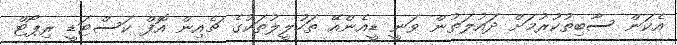
އެކަން ސާބިތުކުރުމަށް ދައުލަތުން ވަނީ ޑީއެންއޭ ތަހުލީލުތަކުގެ ޗެއިން އޮފް ކަސްޓަޑީ ރިޕޯޓް